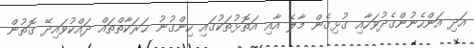
އަދި އަންހެނުންގެދުވަހާއި ގުޅިގެން މާލެ އާއި އަތޮޅުތަކުގައި ހިންގުނު ޙަރަކާތްތައް ދައްކުވައިދޭ ގޮތުން